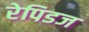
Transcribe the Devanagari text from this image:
रेपिडज